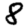
Digit: 8